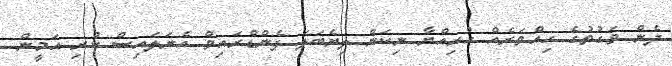
ދެން ވަގުތުގެ ހިއްވަރެއް ހުރިއްޔާ ނިކަން ލިޔެބަލަ ފެންޑްރައިވް އެނަލައިސް ކުރި އަމީން